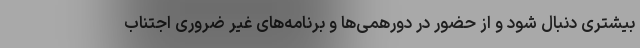
بیشتری دنبال شود و از حضور در دورهمی‌ها و برنامه‌های غیر ضروری اجتناب